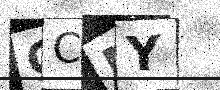
Text: GCMY